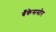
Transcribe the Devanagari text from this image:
बँकेसमोर